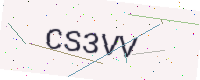
Text: CS3VV